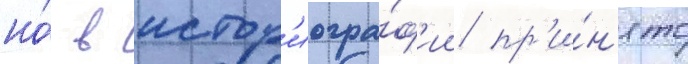
но́ в истор'иогра́ф'ии пр'и́н'ято